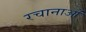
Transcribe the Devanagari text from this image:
रचानाओं